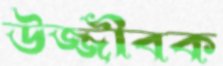
উজ্জীবক